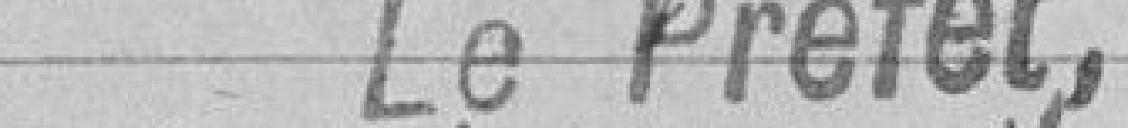
Le Préfet